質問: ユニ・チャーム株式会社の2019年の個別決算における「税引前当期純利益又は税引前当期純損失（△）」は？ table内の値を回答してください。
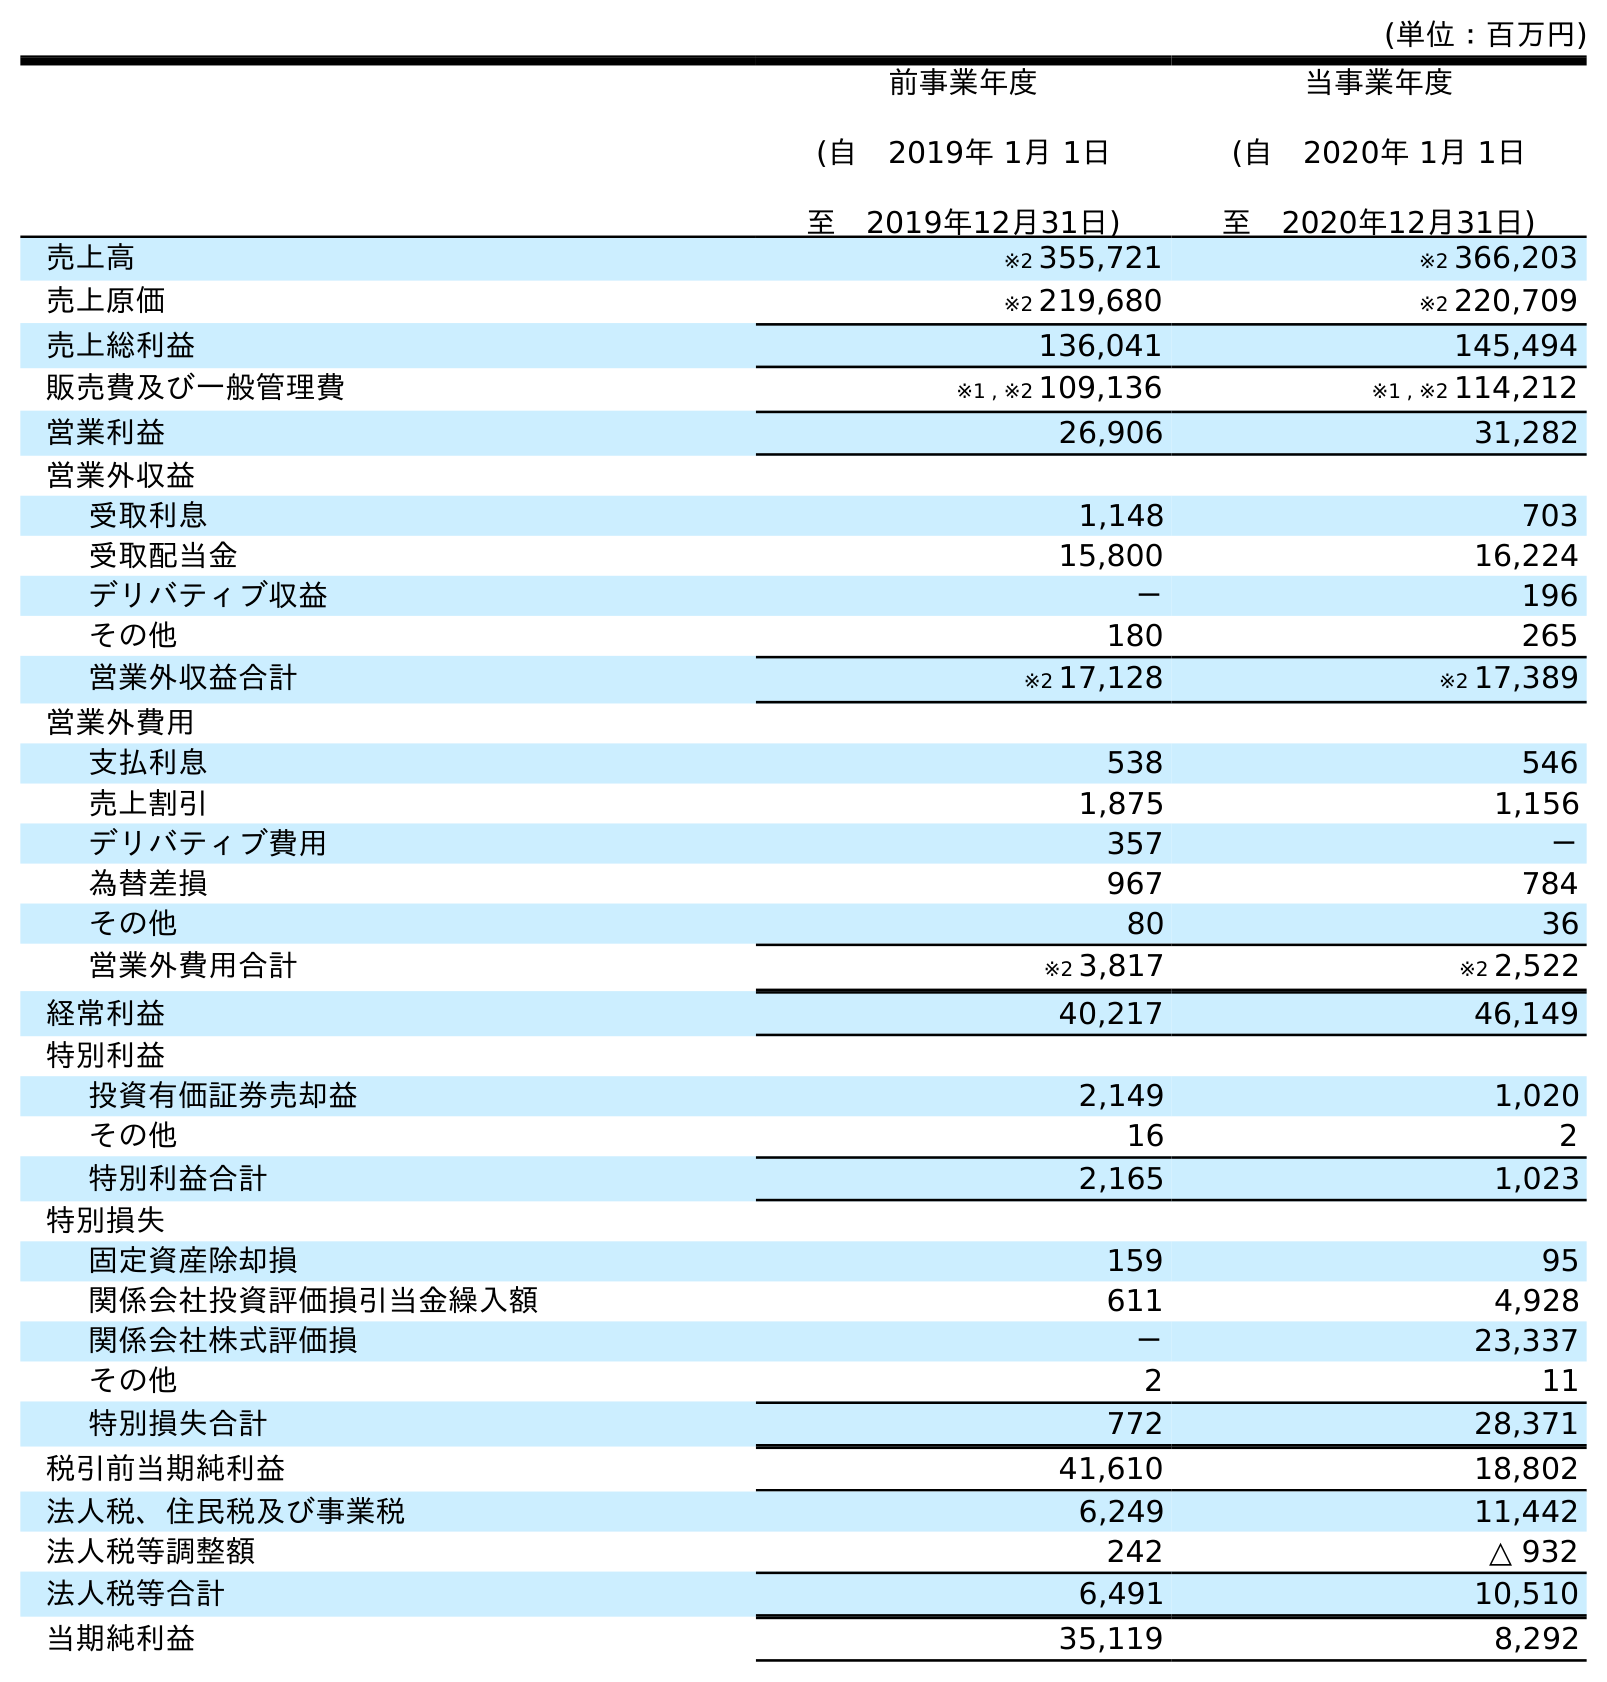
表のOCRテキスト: (単位：百万円) 前事業年度 (自 2019年 1月 1日 至 2019年12月31日) 当事業年度 (自 2020年 1月 1日 至 2020年12月31日) 売上高 ※2 355,721 ※2 366,203 売上原価 ※2 219,680 ※2 220,709 売上総利益 136,041 145,494 販売費及び一般管理費 ※1 , ※2 109,136 ※1 , ※2 114,212 営業利益 26,906 31,282 営業外収益 受取利息 1,148 703 受取配当金 15,800 16,224 デリバティブ収益 － 196 その他 180 265 営業外収益合計 ※2 17,128 ※2 17,389 営業外費用 支払利息 538 546 売上割引 1,875 1,156 デリバティブ費用 357 － 為替差損 967 784 その他 80 36 営業外費用合計 ※2 3,817 ※2 2,522 経常利益 40,217 46,149 特別利益 投資有価証券売却益 2,149 1,020 その他 16 2 特別利益合計 2,165 1,023 特別損失 固定資産除却損 159 95 関係会社投資評価損引当金繰入額 611 4,928 関係会社株式評価損 － 23,337 その他 2 11 特別損失合計 772 28,371 税引前当期純利益 41,610 18,802 法人税、住民税及び事業税 6,249 11,442 法人税等調整額 242 △ 932 法人税等合計 6,491 10,510 当期純利益 35,119 8,292
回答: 41,610